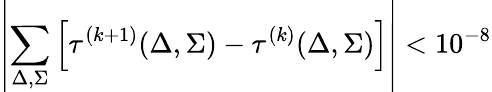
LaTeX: \displaystyle\left|\sum_{\Delta,\Sigma}\left[\tau^{(k+1)}(\Delta,\Sigma)-\tau^{(k)}(\Delta,\Sigma)\right]\right|<10^{-8}